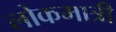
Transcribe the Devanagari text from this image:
लोकमात्री